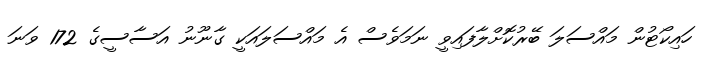
ހައިކޯޓުން މައްސަލަ ބޭރުކޮށްލާފައިވީ ނަމަވެސް އެ މައްސަލައަކީ ގާނޫނު އަސާސީގެ 172 ވަނަ